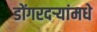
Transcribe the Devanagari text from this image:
डोंगरदऱ्यांमधे